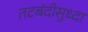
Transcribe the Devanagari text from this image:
तटबंदीसुध्दा